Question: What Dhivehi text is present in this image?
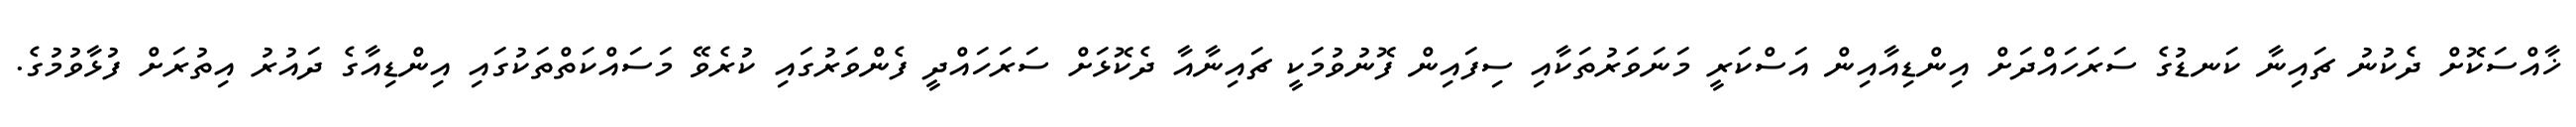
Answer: ޚާއްސަކޮށް ދެކުނު ޗައިނާ ކަނޑުގެ ސަރަހައްދަށް އިންޑިއާއިން އަސްކަރީ މަނަވަރުތަކާއި ސިފައިން ފޮނުވުމަކީ ޗައިނާއާ ދެކޮޅަށް ސަރަހައްދީ ފެންވަރުގައި ކުރެވޭ މަސައްކަތްތަކުގައި އިންޑިއާގެ ދައުރު އިތުރަށް ފުޅާވުމުގެ.